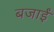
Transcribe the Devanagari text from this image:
बजाईं